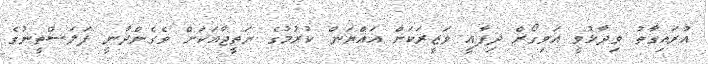
އުރައިގާތު ވިދާޅުވީ އަވިގޯރް ދިފާއީ ވަޒީރަކަށް އައްޔަން ކުރުމުގެ ނަތީޖާއަކަށް ވެގެންދާނީ ފަލަސްތީނުގެ